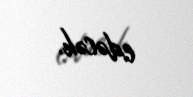
edəcək.